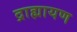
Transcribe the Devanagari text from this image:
द्राह्मायण